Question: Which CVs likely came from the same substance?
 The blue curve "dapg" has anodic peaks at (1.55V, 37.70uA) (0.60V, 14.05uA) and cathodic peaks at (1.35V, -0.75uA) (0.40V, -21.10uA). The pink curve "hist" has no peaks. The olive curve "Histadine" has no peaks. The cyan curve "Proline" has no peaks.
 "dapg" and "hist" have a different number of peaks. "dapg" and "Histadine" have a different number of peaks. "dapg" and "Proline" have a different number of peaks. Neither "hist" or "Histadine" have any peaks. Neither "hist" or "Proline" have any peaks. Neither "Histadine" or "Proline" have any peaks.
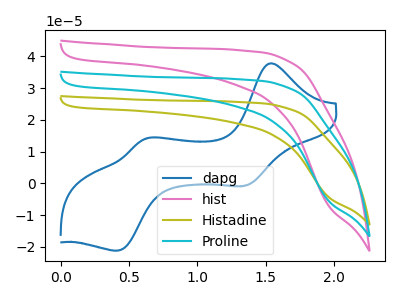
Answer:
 <answer>"hist", "Histadine" and "Proline" have the same shape and are likely CV's of the same chemical.</answer>
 <eval>"hist" "Histadine" "Proline"</eval>